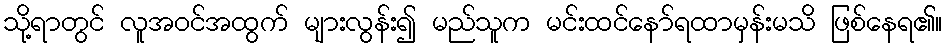
သို့ရာတွင် လူအဝင်အထွက် များလွန်း၍ မည်သူက မင်းထင်နော်ရထာမှန်းမသိ ဖြစ်နေရ၏။